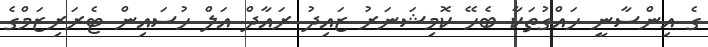
ގެ އިންސާނީ ހައްގުތަކާ ބެހޭ ކޮމިޝަނަރު ޒައިދު ރައާދް އަލް ހުސައިން ޓެރަރިޒަމްގެ